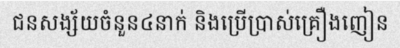
ជនសង្ស័យចំនួន៤នាក់ និងប្រើប្រាស់គ្រឿងញៀន